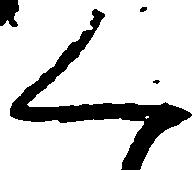
く